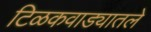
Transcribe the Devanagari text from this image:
टिळकवाड्यातले